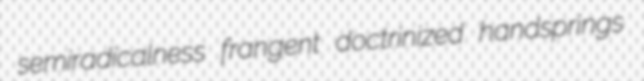
semiradicalness frangent doctrinized handsprings